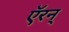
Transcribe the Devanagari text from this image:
ऍरन्